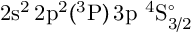
\mathrm { 2 s ^ { 2 } \, 2 p ^ { 2 } ( ^ { 3 } P ) \, 3 p ~ ^ { 4 } S _ { 3 / 2 } ^ { \circ } }